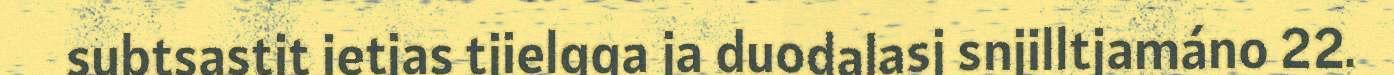
subtsastit ietjas tjielgga ja duodalasj snjilltjamáno 22.